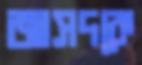
জাসদকে